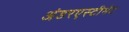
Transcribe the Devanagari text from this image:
अंडरएस्टीमेट